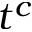
t ^ { c }